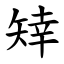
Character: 䂔